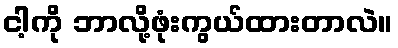
ငါ့ကို ဘာလို့ဖုံးကွယ်ထားတာလဲ။